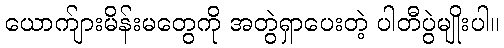
ယောက်ျားမိန်းမတွေကို အတွဲရှာပေးတဲ့ ပါတီပွဲမျိုးပါ။